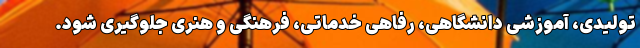
تولیدی، آموزشی دانشگاهی، رفاهی خدماتی، فرهنگی و هنری جلوگیری شود.